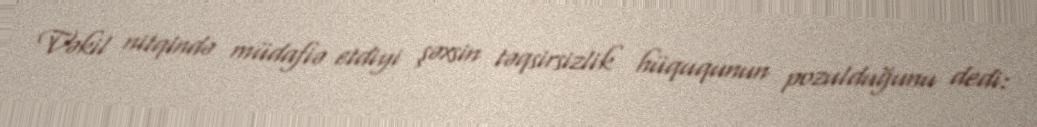
Vəkil nitqində müdafiə etdiyi şəxsin təqsirsizlik hüququnun pozulduğunu dedi: